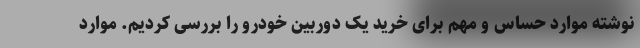
نوشته موارد حساس و مهم برای خرید یک دوربین خودرو را بررسی کردیم. موارد